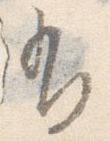
有